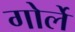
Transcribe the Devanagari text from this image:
गोर्ले